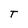
Character: T